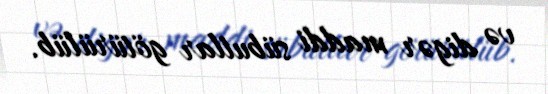
və digər maddi sübutlar götürülüb.